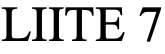
LIITE 7